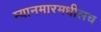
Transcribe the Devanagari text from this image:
म्यानमारमधीलच